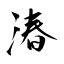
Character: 湷